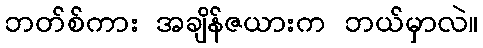
ဘတ်စ်ကား အချိန်ဇယားက ဘယ်မှာလဲ။